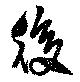
後